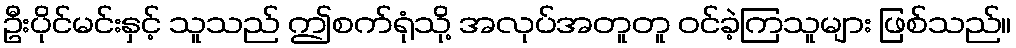
ဦးပိုင်မင်းနှင့် သူသည် ဤစက်ရုံသို့ အလုပ်အတူတူ ဝင်ခဲ့ကြသူများ ဖြစ်သည်။